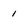
Character: 1